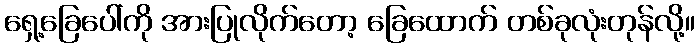
ရှေ့ခြေပေါ်ကို အားပြုလိုက်တော့ ခြေထောက် တစ်ခုလုံးတုန်လို့။